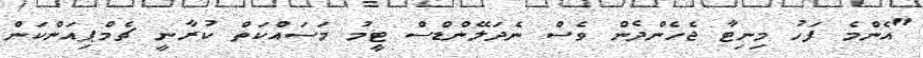
"އެންމެ ފަހު މިނިޓާ ޖެހެންދެން ވެސް ނެދަލޭންޑްސް ޓީމު މަސައްކަތް ކުރާނީ ޗެމްޕިއަންކަން